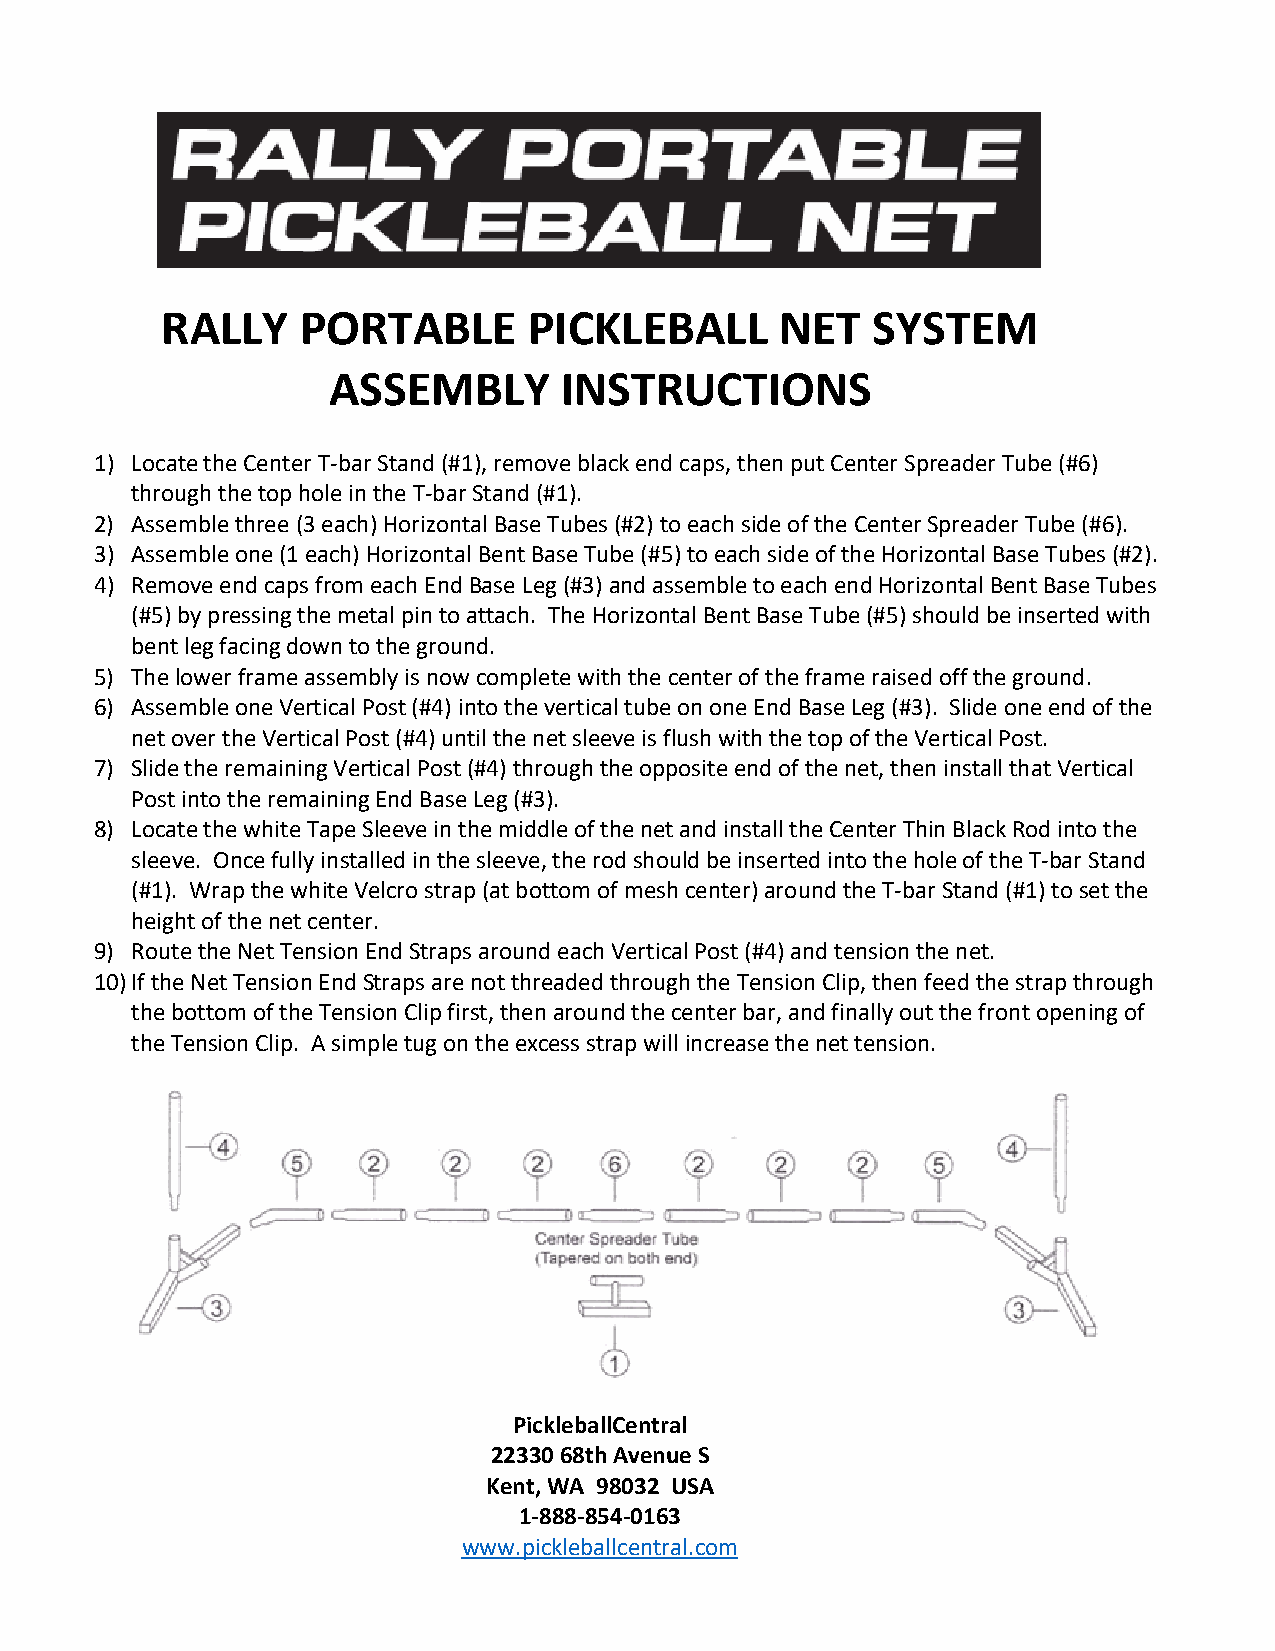
RALLY    PORTABLE       PICKLEBALL       NET   SYSTEM
 ASSEMBLY       INSTRUCTIONS
 1) Locate the Center T-bar Stand (#1), remove black end caps, then put Center Spreader Tube (#6)
 through the top hole in the T-bar Stand (#1).
 2) Assemble three (3 each) Horizontal Base Tubes (#2) to each side of the Center Spreader Tube (#6).
 3) Assemble one (1 each) Horizontal Bent Base Tube (#5) to each side of the Horizontal Base Tubes (#2).
 4) Remove end caps from each End Base Leg (#3) and assemble to each end Horizontal Bent Base Tubes
 (#5) by pressing the metal pin to attach. The Horizontal Bent Base Tube (#5) should be inserted with
 bent leg facing down to the ground.
 5) The lower frame assembly is now complete with the center of the frame raised off the ground.
 6) Assemble one Vertical Post (#4) into the vertical tube on one End Base Leg (#3). Slide one end of the
 net over the Vertical Post (#4) until the net sleeve is flush with the top of the Vertical Post.
 7) Slide the remaining Vertical Post (#4) through the opposite end of the net, then install that Vertical
 Post into the remaining End Base Leg (#3).
 8) Locate the white Tape Sleeve in the middle of the net and install the Center Thin Black Rod into the
 sleeve. Once fully installed in the sleeve, the rod should be inserted into the hole of the T-bar Stand
 (#1). Wrap the white Velcro strap (at bottom of mesh center) around the T-bar Stand (#1) to set the
 height of the net center.
 9) Route the Net Tension End Straps around each Vertical Post (#4) and tension the net.
 10) If the Net Tension End Straps are not threaded through the Tension Clip, then feed the strap through
 the bottom of the Tension Clip first, then around the center bar, and finally out the front opening of
 the Tension Clip. A simple tug on the excess strap will increase the net tension.
 PickleballCentral
 22330 68th Avenue S
 Kent, WA 98032 USA
 1-888-854-0163
 www.pickleballcentral.com